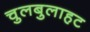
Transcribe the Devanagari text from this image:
चुलबुलाहट